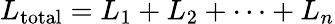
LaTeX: L_{\mathrm{total}}=L_{1}+L_{2}+\cdots+L_{n}